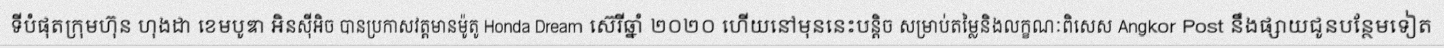
ទីបំផុតក្រុមហ៊ុន ហុងដា ខេមបូឌា អិនស៊ីអិច បានប្រកាសវត្តមានម៉ូតូ Honda Dream ស៊េរីឆ្នាំ ២០២០ ហើយនៅមុននេះបន្តិច សម្រាប់តម្លៃនិងលក្ខណៈពិសេស Angkor Post នឹងផ្សាយជូនបន្ថែមទៀត